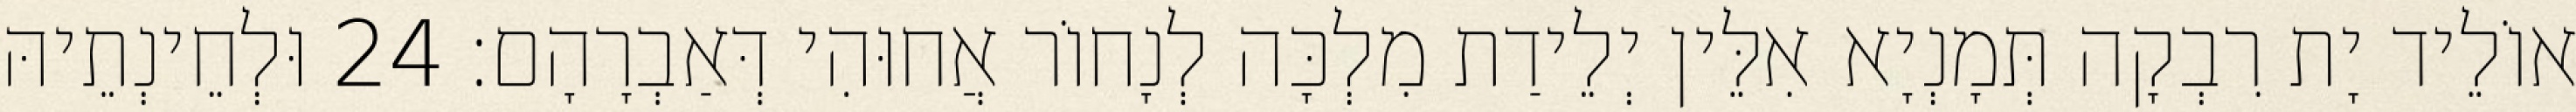
אוֹלֵיד יָת רִבְקָה תְּמָנְיָא אִלֵּין יְלֵידַת מִלְכָּה לְנָחוֹר אֲחוּהִי דְּאַבְרָהָם׃ 24 וּלְחֵינְתֵיהּ